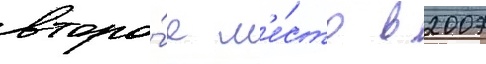
второ́е м'е́сто в 2007